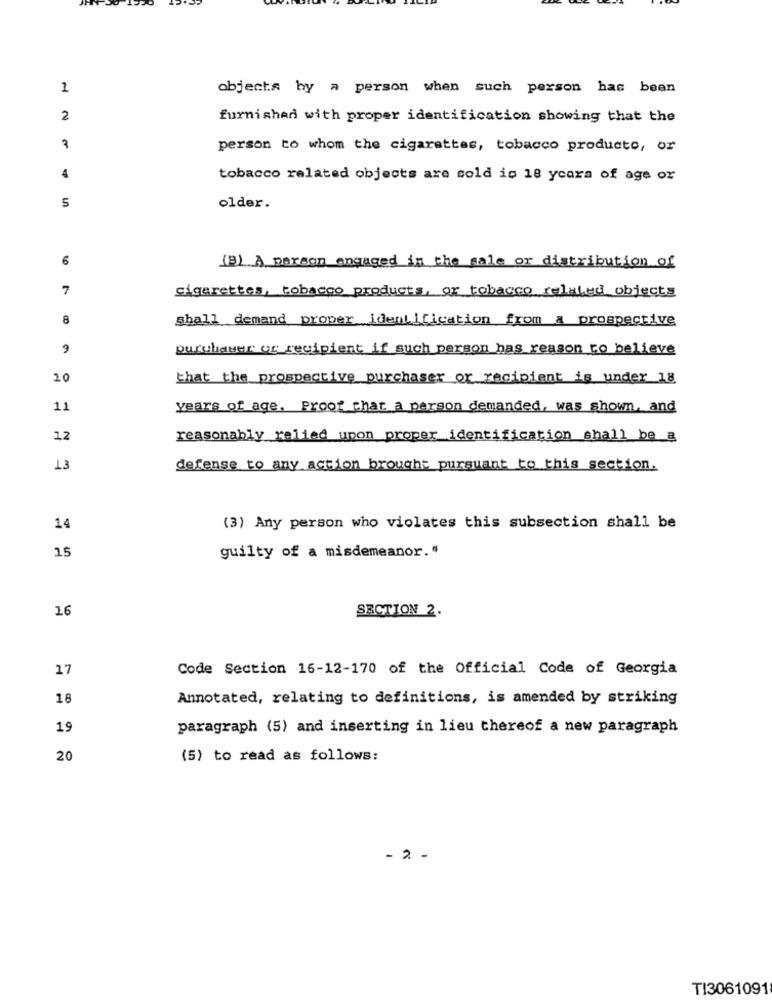
1
objects by a person when such person has been
2
furnished with proper identification showing that the
person to whom the cigarettes, tobacco products, or
4
tobacco related objects are sold is 18 years of age or
5
older.
6
(B) A person engaged in the sale or distribution of
7
cigarettes, tobacco products, or tobacco related objects
8
shall demand proper identification from a prospective
purchauer of recipient if such person has reason to believe
20
that the prospective purchaser or recipient is under 18
11
years of age, Proof that a person demanded, was shown, and
12
reasonably relied upon proper identification shall be a
13
defense to any action brought pursuant to this section.
14
(3) Any person who violates this subsection shall be
15
guilty of a misdemeanor. "
16
SECTION 2.
17
Code Section 16-12-170 of the Official Code of Georgia
18
Annotated, relating to definitions, is amended by striking
19
paragraph (5) and inserting in lieu thereof a new paragraph
20
(5) to read as follows:
- 2 -
TI3061091